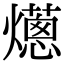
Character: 𤑢